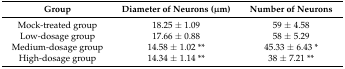
<table><thead><tr><td><b>Group</b></td><td><b>Diameter of Neurons (μm)</b></td><td><b>Number of Neurons</b></td></tr></thead><tbody><tr><td>Mock-treated group</td><td>18.25 ± 1.09</td><td>59 ± 4.58</td></tr><tr><td>Low-dosage group</td><td>17.66 ± 0.88</td><td>58 ± 5.29</td></tr><tr><td>Medium-dosage group</td><td>14.58 ± 1.02 **</td><td>45.33 ± 6.43 *</td></tr><tr><td>High-dosage group</td><td>14.34 ± 1.14 **</td><td>38 ± 7.21 **</td></tr></tbody></table>